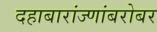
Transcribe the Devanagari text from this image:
दहाबारांज्णांबरोबर